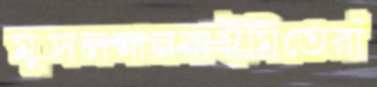
মুসলমানরাইমিতেরাঁ